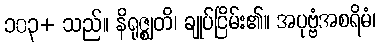
၁၀၃+ သည်။ နိရုဇ္ဈတိ၊ ချုပ်ငြိမ်း၏။ အပုဗ္ဗံအစရိမံ၊